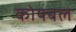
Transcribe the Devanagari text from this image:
कोयबल